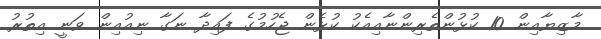
މާޒިޔާއިން 10 ކުޅުންތެރިންނާއިއެކު ކުޅެން ޖެހުމުގެ ފައިދާ ނަގާ ނިއުއިން ވަނީ އިތުރު